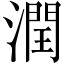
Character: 潤